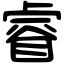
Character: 睿